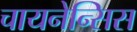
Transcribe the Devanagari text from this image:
चायनेन्सिस